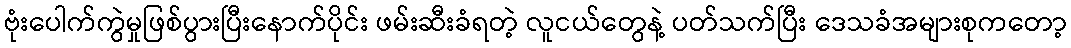
ဗုံးပေါက်ကွဲမှုဖြစ်ပွားပြီးနောက်ပိုင်း ဖမ်းဆီးခံရတဲ့ လူငယ်တွေနဲ့ ပတ်သက်ပြီး ဒေသခံအများစုကတော့